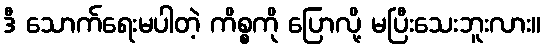
ဒီ သောက်ရေးမပါတဲ့ ကိစ္စကို ပြောလို့ မပြီးသေးဘူးလား။